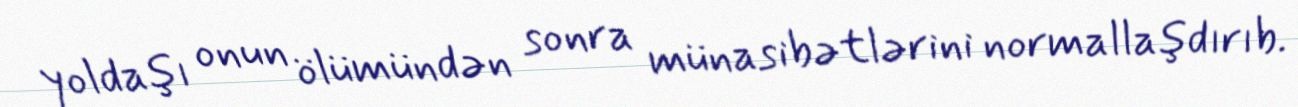
yoldaşı onun ölümündən sonra münasibətlərini normallaşdırıb.